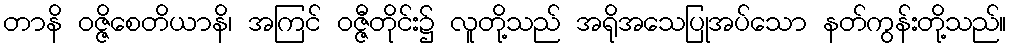
တာနိ ဝဇ္ဇိစေတိယာနိ၊ အကြင် ဝဇ္ဇီတိုင်း၌ လူတို့သည် အရိုအသေပြုအပ်သော နတ်ကွန်းတို့သည်။